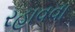
રહાવવા